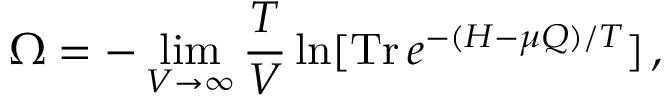
\Omega = - \operatorname * { l i m } _ { V \rightarrow \infty } \frac { T } { V } \ln [ \mathrm { T r } \, e ^ { - ( H - \mu Q ) / T } ] \, ,